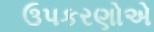
ઉપકરણોએ